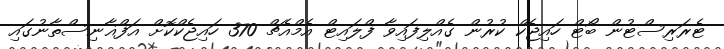
ޓެރަރިސްޓުން ބޯޓް ހައިޖެކް ކުރުން ގެއްލިފައިވާ ފްލައިޓް އެމްއެޗް 370 ހައިޖެކްކޮށް އަފްޣާނިސްތާނުގައި